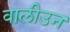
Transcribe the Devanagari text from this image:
वालीउन